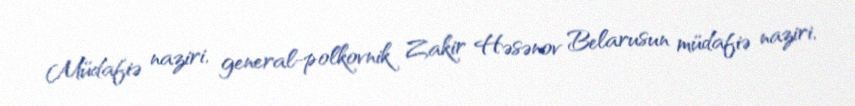
Müdafiə naziri, general-polkovnik Zakir Həsənov Belarusun müdafiə naziri,